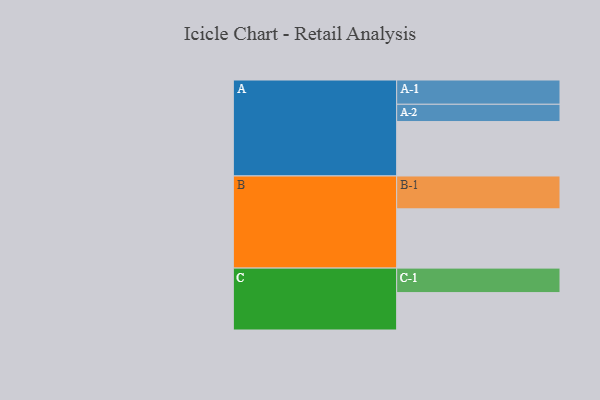
{"axis": {"x": "Segment", "y": "Value"}, "legend": ["", "A", "B", "C"], "data": [{"x": "A", "y": 482, "type": ""}, {"x": "B", "y": 525, "type": ""}, {"x": "C", "y": 331, "type": ""}, {"x": "A-1", "y": 215, "type": "A"}, {"x": "A-2", "y": 153, "type": "A"}, {"x": "B-1", "y": 291, "type": "B"}, {"x": "C-1", "y": 217, "type": "C"}]}